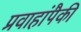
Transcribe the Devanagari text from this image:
प्रवाहांपैकी